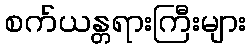
စက်ယန္တရားကြီးများ